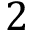
2